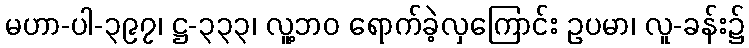
မဟာ-ပါ-၃၉၇၊ ဋ္ဌ-၃၃၃၊ လူ့ဘဝ ရောက်ခဲ့လှကြောင်း ဥပမာ၊ လူ-ခန်း၌